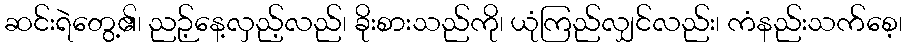
ဆင်းရဲတွေ့၏၊ ညဉ့်နေ့လှည့်လည်၊ ခိုးစားသည်ကို၊ ယုံကြည်လျှင်လည်း၊ ကံနည်းသက်စေ့၊